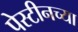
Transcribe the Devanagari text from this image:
पेस्टीनच्या